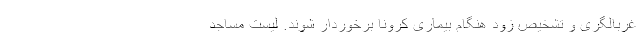
غربالگری و تشخیص زود هنگام بیماری کرونا برخوردار شوند. لیست مساجد